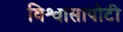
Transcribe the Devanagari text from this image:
विश्वासापोटी